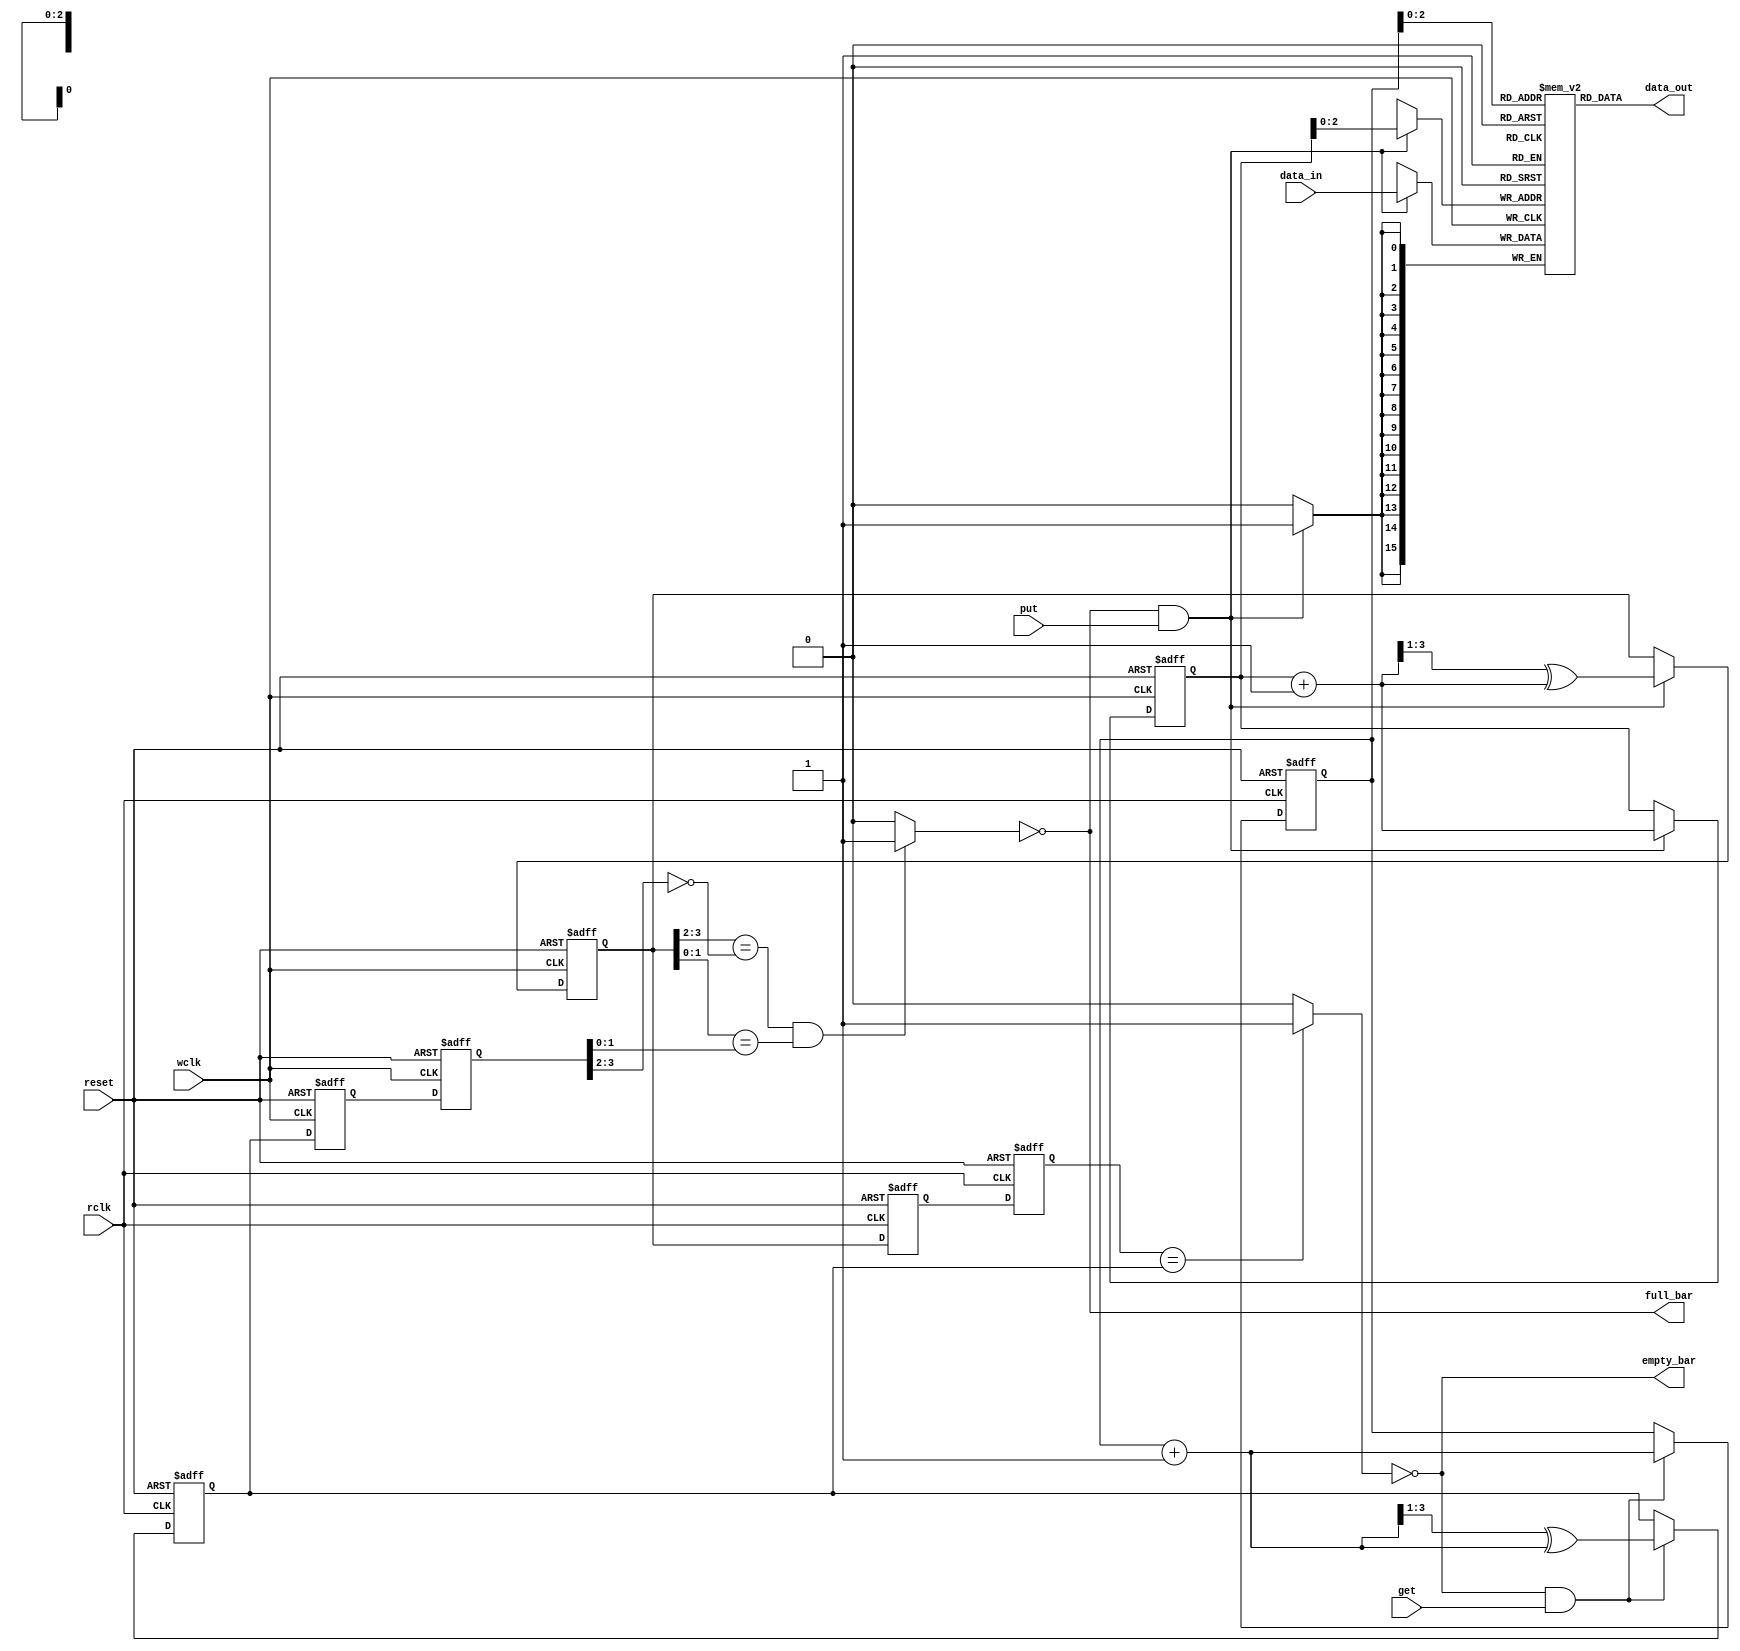
//empty and fulll signal is low active
// active high reset
module async_fifo#(
    parameter DATA_WIDTH = 16,
    parameter FIFO_DEPTH = 8
)(
    input                           rclk,
    input                           wclk,
    input                           reset,
    input                           put,
    input                           get,
    input[DATA_WIDTH - 1:0]         data_in,
    output                          empty_bar,
    output                          full_bar,
    output[DATA_WIDTH -1:0]         data_out);
    
    localparam PTR_WIDTH = $clog2(FIFO_DEPTH);
    
    reg [DATA_WIDTH-1:0]                    fifo_mem[0:FIFO_DEPTH-1];
    
    reg [PTR_WIDTH:0]                       wrptr_bin;
    wire[PTR_WIDTH:0]                       wrptr_bin_ss;
    wire[PTR_WIDTH:0]                       wrptr_bin_next;
    reg [PTR_WIDTH:0]                       wrptr_gray;
    reg [PTR_WIDTH:0]                       wrptr_gray_s;
    reg [PTR_WIDTH:0]                       wrptr_gray_ss;

    reg [PTR_WIDTH:0]                       rdptr_bin;
    wire[PTR_WIDTH:0]                       rdptr_bin_ss;
    wire[PTR_WIDTH:0]                       rdptr_bin_next;
    reg [PTR_WIDTH:0]                       rdptr_gray;      
    reg [PTR_WIDTH:0]                       rdptr_gray_s;      
    reg [PTR_WIDTH:0]                       rdptr_gray_ss;  
    
    wire                                    full;
    wire                                    empty;
    wire                                    wen_q;
    wire                                    ren_q;

    assign full_bar   = !full;
    assign empty_bar  = !empty;
    
    assign empty      = (wrptr_gray_ss == rdptr_gray) ? 1'b1:1'b0;
    assign full       = ((wrptr_gray[PTR_WIDTH:PTR_WIDTH-1] == (~rdptr_gray_ss[PTR_WIDTH:PTR_WIDTH-1])) && (wrptr_gray[PTR_WIDTH-2:0] == rdptr_gray_ss[PTR_WIDTH-2:0])) ? 1'b1:1'b0;

    assign wen_q = (!full)  && put;
    assign ren_q = (!empty) && get;

    always @(posedge wclk) begin
        if(wen_q) begin
             fifo_mem[wrptr_bin[PTR_WIDTH-1:0]] <= data_in;
        end
    end  

    always @(posedge wclk or posedge reset) begin
        if(reset) begin
             wrptr_bin <= {PTR_WIDTH+1{1'b0}};
        end 
        else if(wen_q) begin
             wrptr_bin <= wrptr_bin + 1'b1;
        end
    end  

    assign wrptr_bin_next = wrptr_bin + 1'b1;

    always @(posedge wclk or posedge reset) begin
        if(reset) begin
            wrptr_gray <= {PTR_WIDTH+1{1'b0}};
        end
        else if(wen_q) begin
            wrptr_gray <= {1'b0,wrptr_bin_next[PTR_WIDTH:1]} ^ wrptr_bin_next;
        end
    end
//double sync wptr
    always @(posedge rclk or posedge reset) begin
        if(reset) begin
            wrptr_gray_s    <= {PTR_WIDTH+1{1'b0}};
            wrptr_gray_ss   <= {PTR_WIDTH+1{1'b0}};
        end
        else begin
            wrptr_gray_s    <= wrptr_gray;
            wrptr_gray_ss   <= wrptr_gray_s;
        end
    end

    assign data_out = fifo_mem[rdptr_bin[PTR_WIDTH-1:0]];

    always@(posedge rclk or posedge reset) begin
        if(reset) begin
            rdptr_bin <= {PTR_WIDTH+1{1'b0}};
        end
        else if(ren_q) begin
            rdptr_bin <= rdptr_bin + 1'b1;
        end
    end

    assign rdptr_bin_next = rdptr_bin + 1'b1;

    always @(posedge rclk or posedge reset) begin
        if(reset) begin
            rdptr_gray <= {PTR_WIDTH+1{1'b0}};
        end
        else if(ren_q) begin
            rdptr_gray <= {1'b0,rdptr_bin_next[PTR_WIDTH:1]} ^ rdptr_bin_next;
        end
    end
//double sync rdptr
    always @(posedge wclk or posedge reset) begin
        if(reset) begin
            rdptr_gray_s    <= {PTR_WIDTH+1{1'b0}};
            rdptr_gray_ss   <= {PTR_WIDTH+1{1'b0}};
        end
        else begin
            rdptr_gray_s    <= rdptr_gray;
            rdptr_gray_ss   <= rdptr_gray_s;
        end
    end


endmodule